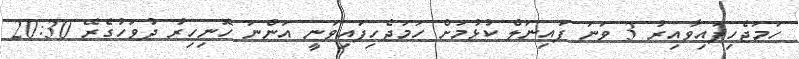
ހަމަޖެހިފައިވާއިރު 3 ވަނަ ފައިނަލް ކުޅުމަށް ހަމަޖެހިފައިވަނީ އަންނަ ހޮނިހިރު ދުވަހުގެރޭ 20:30